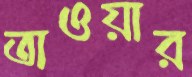
তাওয়ার